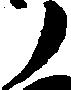
ノ